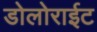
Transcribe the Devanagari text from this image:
डोलोराईट